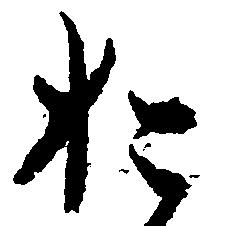
お